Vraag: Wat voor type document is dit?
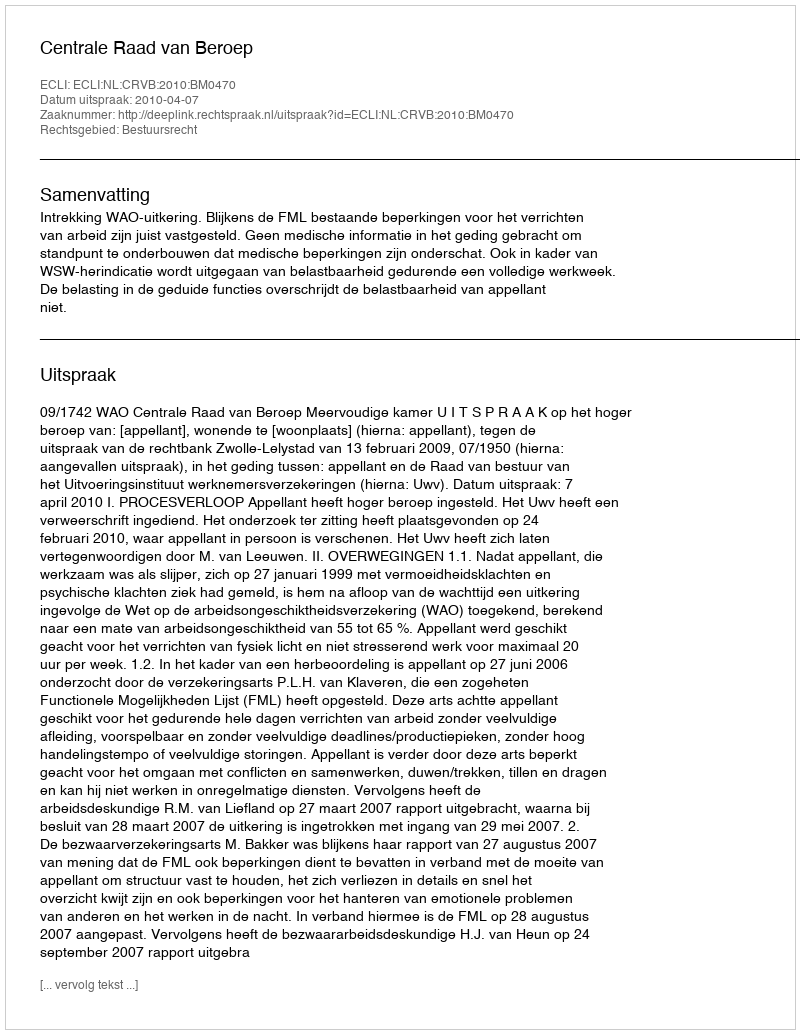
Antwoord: Uitspraak